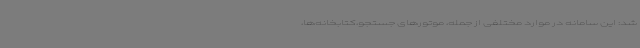
شد: این سامانه در موارد مختلفی از جمله، موتورهای جستجو،کتابخانه‌ها،